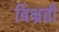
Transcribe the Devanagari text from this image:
बिभ्रती